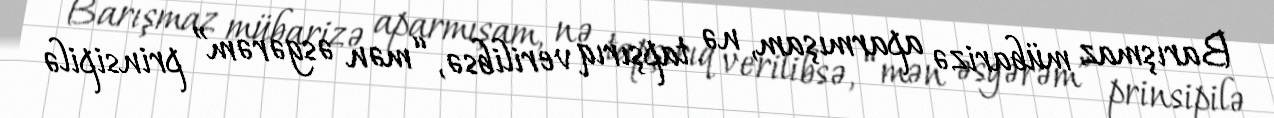
Barışmaz mübarizə aparmışam, nə tapşırıq verilibsə, “mən əsgərəm” prinsipilə